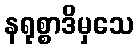
နရုစ္စာဒိမှသေ